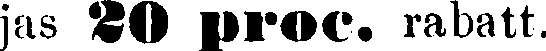
jas 20 proc. rabatt.